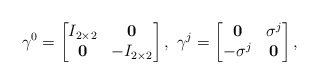
\begin{align*}\gamma^0 = \begin{bmatrix} I_{2\times2} & \mathbf0 \\ \mathbf0 & -I_{2\times2} \end{bmatrix}, \ \gamma^j = \begin{bmatrix} \mathbf 0 & \sigma^j \\ -\sigma^j & \mathbf0 \end{bmatrix},\end{align*}